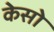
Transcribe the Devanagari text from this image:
केसो